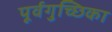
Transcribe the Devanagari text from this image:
पूर्वगुच्छिका